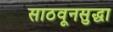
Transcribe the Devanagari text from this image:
साठवूनसुद्धा